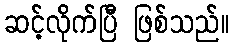
ဆင့်လိုက်ပြီ ဖြစ်သည်။